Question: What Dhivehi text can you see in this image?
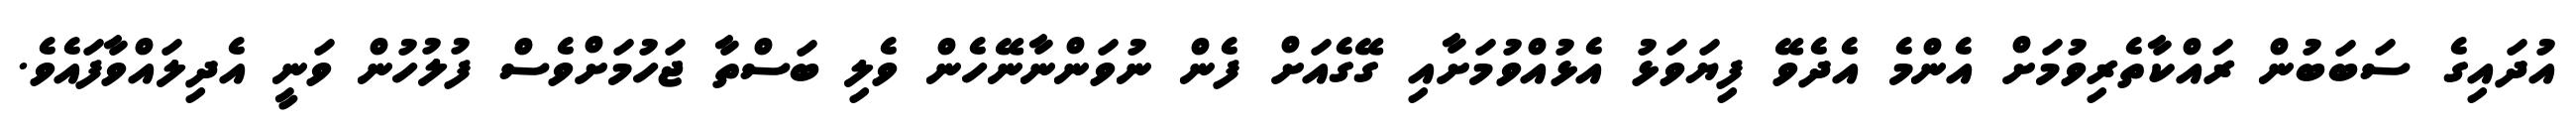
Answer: އުދައިގެ ސަބަބުން ރައްކާތެރިވުމަށް އެންމެ އެދެވޭ ފިޔަވަޅު އެޅުއްވުމަށާއި ގޭގެއަށް ފެން ނުވަންނާނޭހެން ވެލި ބަސްތާ ޖަހުމަށްވެސް ފުލުހުން ވަނީ އެދިލައްވާފައެވެ.